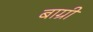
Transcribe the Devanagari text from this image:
बाग्री